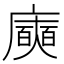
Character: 𭚈